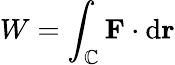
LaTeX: W=\int_{\mathbb{C}}\mathbf{{F}}\cdot\mathrm{{d}}\mathbf{{r}}